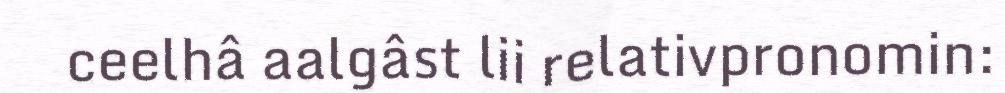
ceelhâ aalgâst lii relativpronomin: